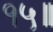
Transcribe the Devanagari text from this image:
१५॥